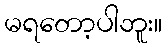
မရတော့ပါဘူး။